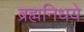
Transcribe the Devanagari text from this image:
ब्रह्मनिधये